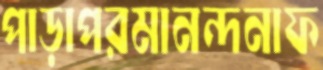
পাড়াপরমানন্দনাফ